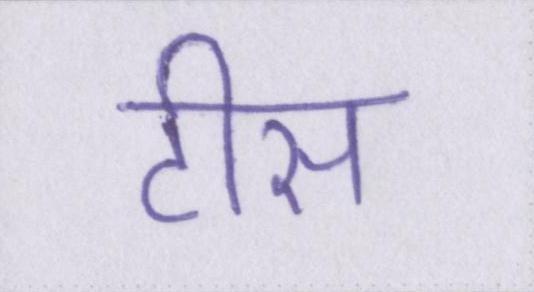
टीस